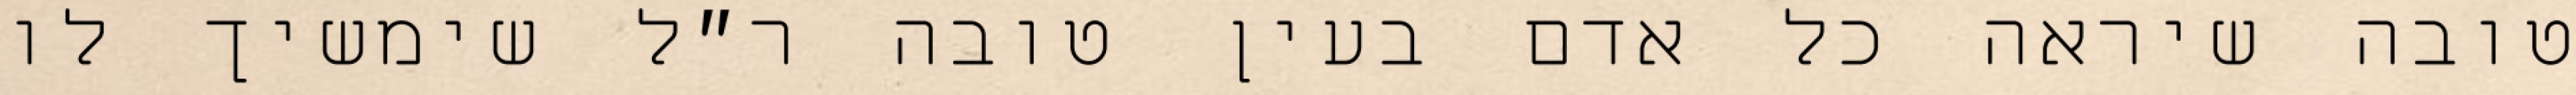
טובה שיראה כל אדם בעין טובה ר״ל שימשיך לו